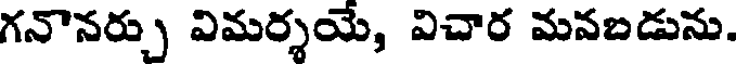
గనొనర్చు విమర్శయే, విచార మవబడును.